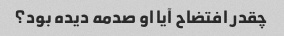
چقدر افتضاح آیا او صدمه دیده بود؟